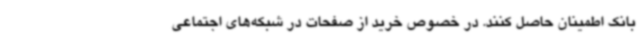
بانک اطمینان حاصل کنند. در خصوص خرید از صفحات در شبکه‌های اجتماعی